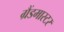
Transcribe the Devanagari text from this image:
ग्रैंडमास्‍टर